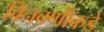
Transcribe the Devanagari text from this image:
विनवणीकडे